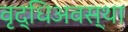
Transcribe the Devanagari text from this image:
वृद्धिअवस्था